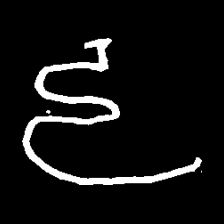
Pyu character \u2014 Myanmar letter: ဠ (romanized: lla)